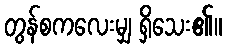
တွန်စကလေးမျှ ရှိသေး၏။